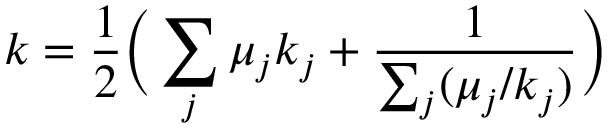
k = \frac { 1 } { 2 } \bigg ( \sum _ { j } \mu _ { j } k _ { j } + \frac { 1 } { \sum _ { j } ( \mu _ { j } / k _ { j } ) } \bigg )